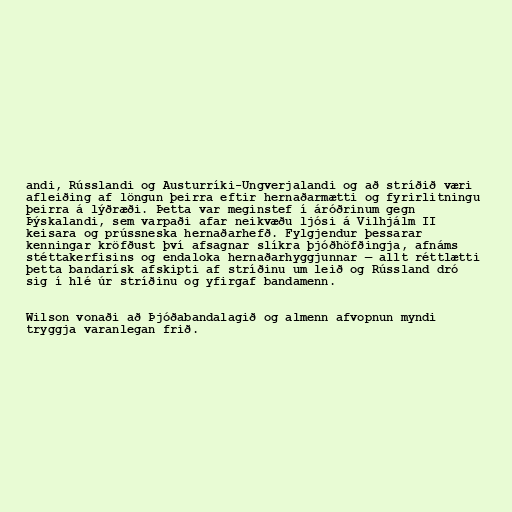
andi, Rússlandi og Austurríki-Ungverjalandi og að stríðið væri
afleiðing af löngun þeirra eftir hernaðarmætti og fyrirlitningu
þeirra á lýðræði. Þetta var meginstef í áróðrinum gegn
Þýskalandi, sem varpaði afar neikvæðu ljósi á Vilhjálm II
keisara og prússneska hernaðarhefð. Fylgjendur þessarar
kenningar kröfðust því afsagnar slíkra þjóðhöfðingja, afnáms
stéttakerfisins og endaloka hernaðarhyggjunnar — allt réttlætti
þetta bandarísk afskipti af stríðinu um leið og Rússland dró
sig í hlé úr stríðinu og yfirgaf bandamenn.

Wilson vonaði að Þjóðabandalagið og almenn afvopnun myndi
tryggja varanlegan frið.